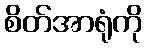
စိတ်အာရုံကို